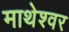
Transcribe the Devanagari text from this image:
माथेश्वर